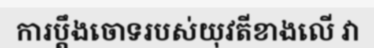
ការប្តឹងចោទរបស់យុវតីខាងលើ វា